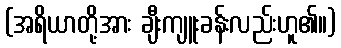
(အရိယာတို့အား ချီးကျူးခန်းလည်းဟူ၏။)